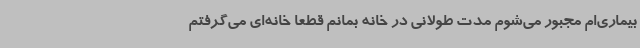
بیماری‌ام مجبور می‌شوم مدت طولانی در خانه بمانم قطعاً خانه‌ای می‌گرفتم